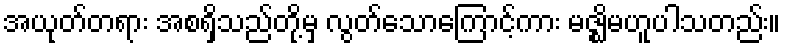
အယုတ်တရား အစရှိသည်တို့မှ လွတ်သောကြောင့်ကား မဇ္ဈိမဟူပါသတည်း။